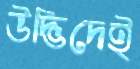
উদ্ভিদেই